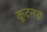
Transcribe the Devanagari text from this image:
कूटनय